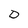
Character: D